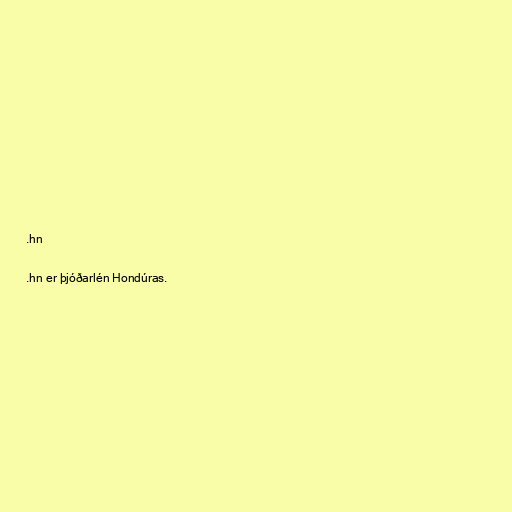
.hn

.hn er þjóðarlén Hondúras.